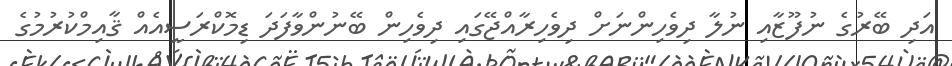
އަދި ބޭރުގެ ނުފޫޒާއި ނުލާ ދިވެހިންނަށް ދިވެހިރާއްޖޭގައި ދިވެހިން ބޭނުންވާފަދަ ޑިމޮކްރަސީއެއް ޤާއިމްކުރުމުގެ